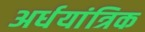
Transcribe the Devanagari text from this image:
अर्धयांत्रिक